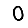
Digit: 0